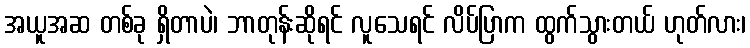
အယူအဆ တစ်ခု ရှိတာပဲ၊ ဘာတုန်းဆိုရင် လူသေရင် လိပ်ပြာက ထွက်သွားတယ် ဟုတ်လား၊